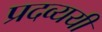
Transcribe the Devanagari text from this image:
प्रदव्ययी